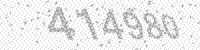
Solution: 414980